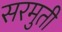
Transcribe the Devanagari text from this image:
सरमुती